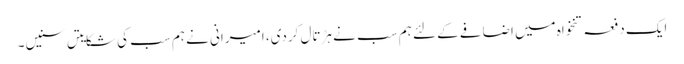
ایک دفعہ تنخواہ میں اضافے کے لئے ہم سب نے ہڑتال کردی، امیرانی نے ہم سب کی شکایتں سنیں۔